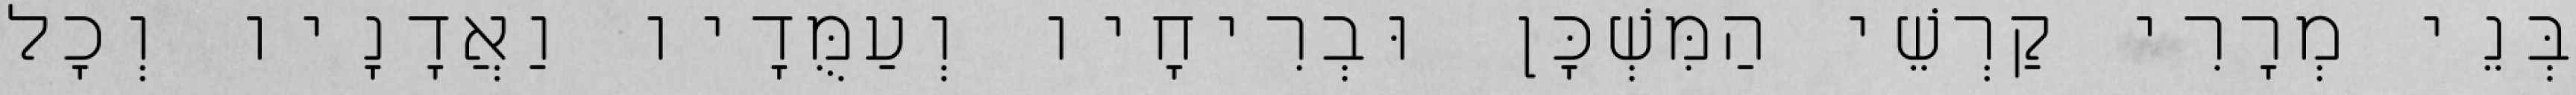
בְּנֵי מְרָרִי קַרְשֵׁי הַמִּשְׁכָּן וּבְרִיחָיו וְעַמֻּדָיו וַאֲדָנָיו וְכָל